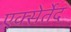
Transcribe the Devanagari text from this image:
एक्सेर्तेद